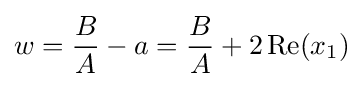
w={B \over A}-a={B \over A}+2\operatorname {Re} (x_{1})